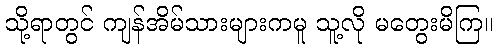
သို့ရာတွင် ကျန်အိမ်သားများကမူ သူ့လို မတွေးမိကြ။